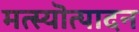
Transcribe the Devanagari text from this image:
मत्स्यॊत्पादन